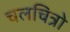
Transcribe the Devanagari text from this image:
चलचित्रो